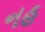
નહ